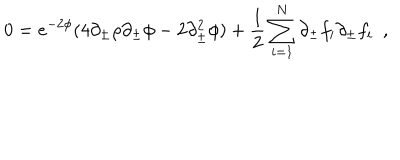
0 = e ^ { - 2 \phi } ( 4 \partial _ { \pm } \rho \partial _ { \pm } \phi - 2 \partial _ { \pm } ^ { 2 } \phi ) + { \frac { 1 } { 2 } } \sum _ { i = 1 } ^ { N } \partial _ { \pm } f _ { i } \partial _ { \pm } f _ { i } \ \ ,